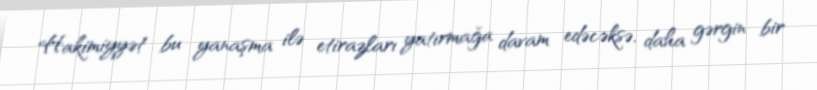
Hakimiyyət bu yanaşma ilə etirazları yatırmağa davam edəcəksə, daha gərgin bir